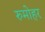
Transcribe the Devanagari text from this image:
रुमोहर